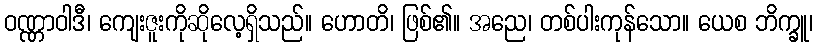
ဝဏ္ဏာဝါဒီ၊ ကျေးဇူးကိုဆိုလေ့ရှိသည်။ ဟောတိ၊ ဖြစ်၏။ အညေ၊ တစ်ပါးကုန်သော။ ယေစ ဘိက္ခူ၊